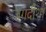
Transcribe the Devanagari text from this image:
जगदीश।